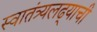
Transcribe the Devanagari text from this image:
स्वातंत्र्यलढ्याची